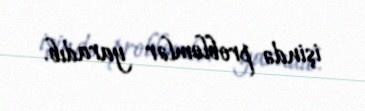
işində problemlər yaradıb.